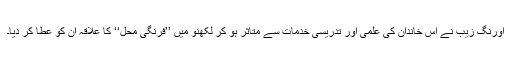
اورنگ زیب نے اس خاندان کی علمی اور تدریسی خدمات سے متاثر ہو کر لکھنو میں ’’فرنگی محل‘‘ کا علاقہ ان کو عطا کر دیا۔